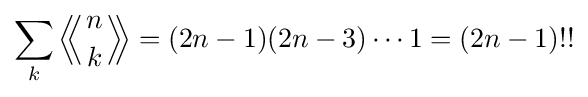
\sum _{k}\left\langle \!\!\left\langle {n \atop k}\right\rangle \!\!\right\rangle =(2n-1)(2n-3)\cdots 1=(2n-1)!!